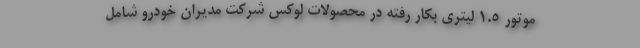
موتور 1.5 لیتری بکار رفته در محصولات لوکس شرکت مدیران خودرو شامل